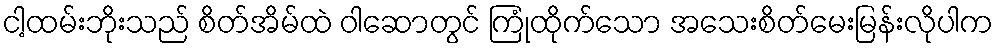
ငါ့ထမ်းဘိုးသည် စိတ်အိမ်ထဲ ဝါဆောတွင် ကြုံထိုက်သော အသေးစိတ်မေးမြန်းလိုပါက